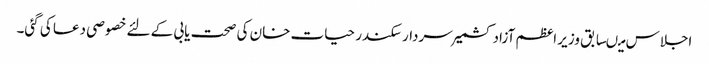
اجلاس میںسابق وزیر اعظم آزاد کشمیر سردار سکندر حیات خان کی صحت یابی کے لئے خصوصی دعا کی گئی۔